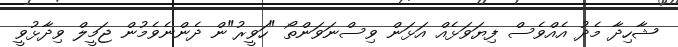
ޝާހިދާ މެދު އެއްވެސް ފިޔަވަޅެއް އަޅަން ވިސްނަވަންތޯ "ހަވީރު"ން ދެންނެވެމުން ޖަމީލް ވިދާޅުވީ